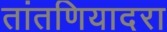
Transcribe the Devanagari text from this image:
तांतणियादरा